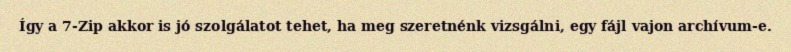
Így a 7-Zip akkor is jó szolgálatot tehet, ha meg szeretnénk vizsgálni, egy fájl vajon archívum-e.